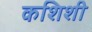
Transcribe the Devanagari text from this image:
कशिशी